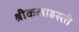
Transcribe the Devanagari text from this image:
श्रीकलाहस्ती